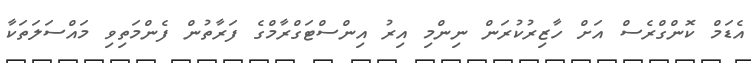
އެޑަމް ކޮންގްރެސް އަށް ހާޒިރުކުރަން ނިންމި އިރު އިންސްޓަގްރާމްގެ ފަރާތުން ފެންމަތިވި މައްސަލަތަކާ